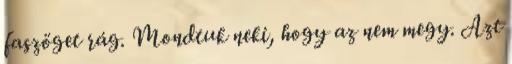
faszöget rág. Mondtuk neki, hogy az nem megy. Azt